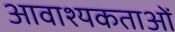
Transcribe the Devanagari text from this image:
आवाश्यकताओं